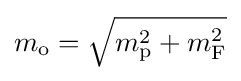
m_{\rm {o}}={\sqrt {m_{\rm {p}}^{2}+m_{\rm {F}}^{2}}}